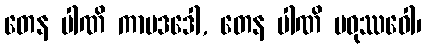
တေန ပါဏိ ကာမဒဒေါ, တေန ပါဏိ မဓုဿဝေါ၊